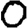
Digit: 0